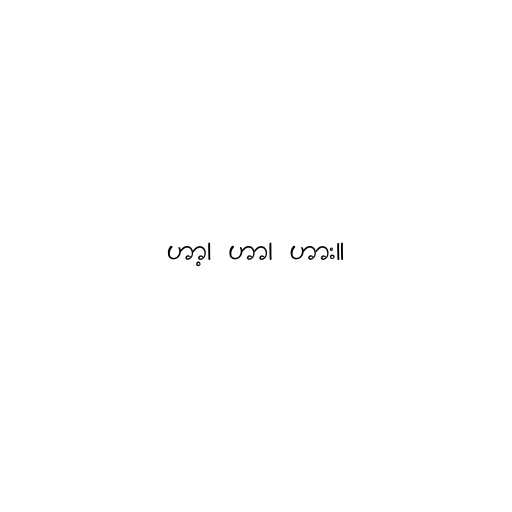
ဟာ့၊ ဟာ၊ ဟား။